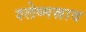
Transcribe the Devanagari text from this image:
श्लेष्मस्राव